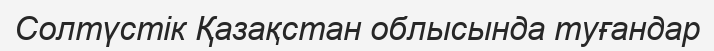
Солтүстік Қазақстан облысында туғандар